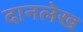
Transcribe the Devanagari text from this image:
दानलेख